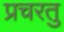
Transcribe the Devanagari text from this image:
प्रचरतु